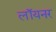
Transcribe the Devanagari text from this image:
लॉयनर